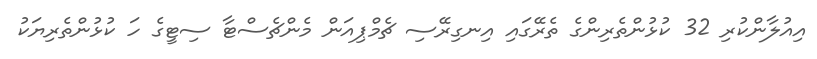
އިއުލާންކުރި 32 ކުޅުންތެރިންގެ ތެރޭގައި އިނގިރޭސި ޗެމްޕިއަން މެންޗެސްޓާ ސިޓީގެ ހަ ކުޅުންތެރިޔަކު